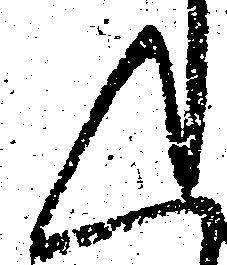
く